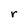
Character: r